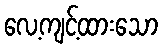
လေ့ကျင့်ထားသော